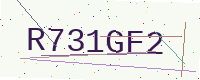
Text: R731GF2